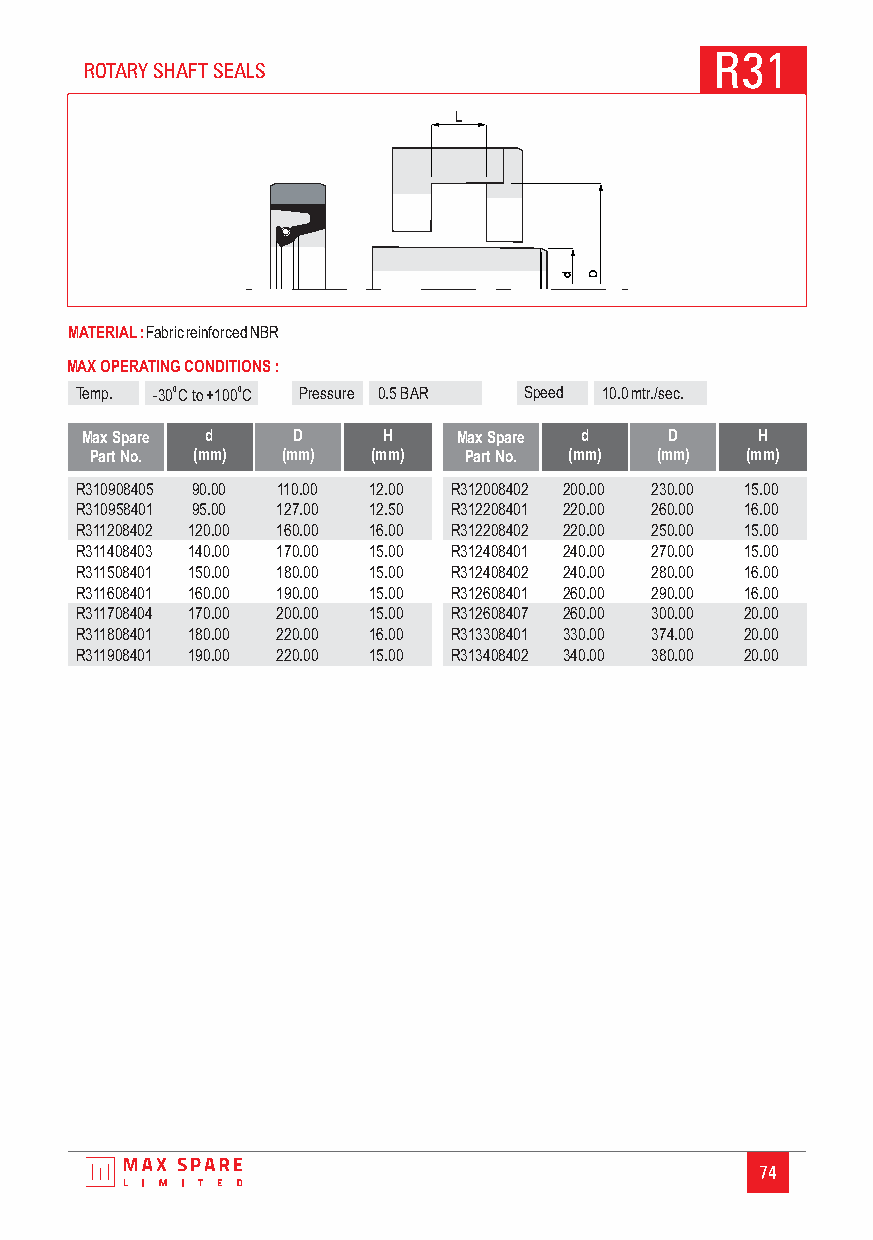
R31
 ROTARY SHAFT SEALS
 MATERIAL:FabricreinforcedNBR
 MAX OPERATING CONDITIONS :
 Temp. -300C to+1000C Pressure 0.5BAR Speed 10 .0mtr./sec.
 Max Spare d   D     H    Max Spare d   D     H
 Part No. (mm) (mm) (mm)  Part No. (mm) (mm) (mm)
 R310908405 90.00 110.00 12.00 R312008402 200.00 230.00 15.00
 R310958401 95.00 127.00 12.50 R312208401 220.00 260.00 16.00
 R311208402 120.00 160.00 16.00 R312208402 220.00 250.00 15.00
 R311408403 140.00 170.00 15.00 R312408401 240.00 270.00 15.00
 R311508401 150.00 180.00 15.00 R312408402 240.00 280.00 16.00
 R311608401 160.00 190.00 15.00 R312608401 260.00 290.00 16.00
 R311708404 170.00 200.00 15.00 R312608407 260.00 300.00 20.00
 R311808401 180.00 220.00 16.00 R313308401 330.00 374.00 20.00
 R311908401 190.00 220.00 15.00 R313408402 340.00 380.00 20.00
 74